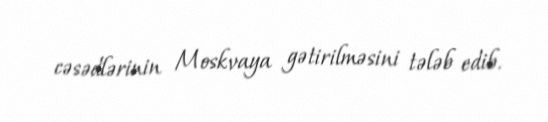
cəsədlərinin Moskvaya gətirilməsini tələb edib.